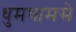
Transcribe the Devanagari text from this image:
धुमधामसे